Report on the bubonic plague in Bombay, 1896-1897
Year: 1896
Disease focus: Plague
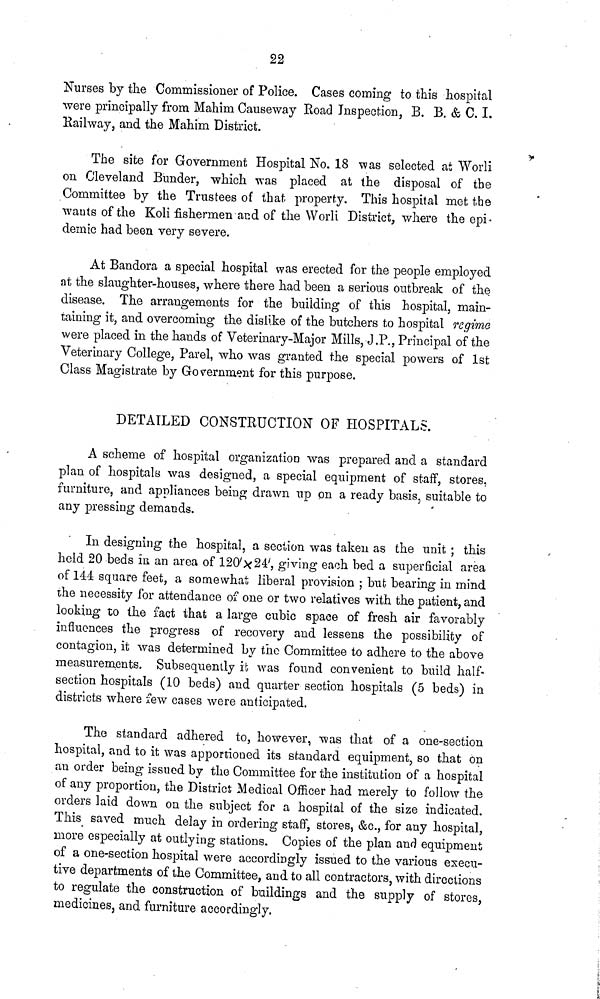
22
Nurses by the Commissioner of Police. Cases coming to this hospital
were principally from Mahim Causeway Road Inspection, B. B. & C. I.
Railway, and the Mahim District.
The site for Government Hospital No. 18 was selected at Worli
on Cleveland Bunder, which was placed at the disposal of the
Committee by the Trustees of that property. This hospital met the
wauts of the Koli fishermen and of the Worli District, where the epi-
demic had been very severe.
At Bandora a special hospital was erected for the people employed
at the slaughter-houses, where there had been a serious outbreak of the
disease. The arrangements for the building of this hospital, main-
taining it, and overcoming the dislike of the butchers to hospital regime
were placed in the hands of Veterinary-Major Mills, J.P., Principal of the
Veterinary College, Parel, who was granted the special powers of 1st
Class Magistrate by Government for this purpose.
DETAILED CONSTRUCTION OF HOSPITALS.
A scheme of hospital organization was prepared and a standard
plan of hospitals was designed, a special equipment of staff, stores,
furniture, and appliances being drawn up on a ready basis, suitable to
any pressing demands.
In designing the hospital, a section was taken as the unit ; this
held 20 beds in an area of 120'X24', giving each bed a superficial area
of 144 square feet, a somewhat liberal provision ; but bearing in mind
the necessity for attendance of one or two relatives with the patient, and
looking to the fact that a large cubic space of fresh air favorably
influences the progress of recovery and lessens the possibility of
contagion, it was determined by the Committee to adhere to the above
measurements. Subsequently it was found convenient to build half-
section hospitals (10 beds) and quarter section hospitals (5 beds) in
districts where few cases were anticipated.
The standard adhered to, however, was that of a one-section
hospital, and to it was apportioned its standard equipment, so that on
an order being issued by the Committee for the institution of a hospital
of any proportion, the District Medical Officer had merely to follow the
orders laid down on the subject for a hospital of the size indicated.
This saved much delay in ordering staff, stores, &c., for any hospital,
more especially at outlying stations. Copies of the plan and equipment
of a one-section hospital were accordingly issued to the various execu-
tive departments of the Committee, and to all contractors, with directions
to regulate the construction of buildings and the supply of stores,
medicines, and furniture accordingly.